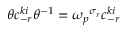
\theta c _ { - r } ^ { k i } \theta ^ { - 1 } = { \omega _ { p } } ^ { \sigma _ { r } } c _ { - r } ^ { k i }